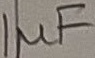
Text: 1µF